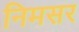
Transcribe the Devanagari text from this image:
निमसर